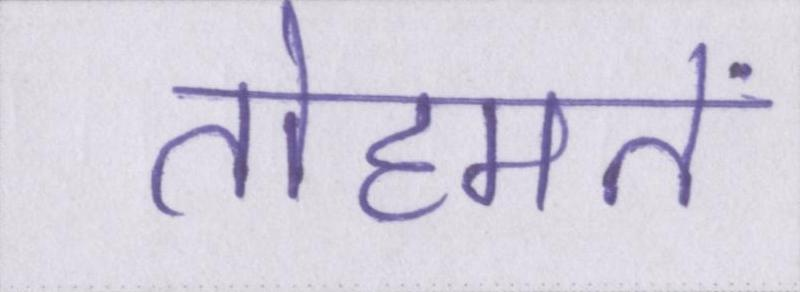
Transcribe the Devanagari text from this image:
तोहमतें